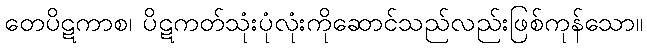
တေပိဋကာစ၊ ပိဋကတ်သုံးပုံလုံးကိုဆောင်သည်လည်းဖြစ်ကုန်သော။